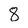
Character: 8